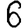
Digit: 6